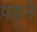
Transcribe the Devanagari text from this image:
पड़्ने